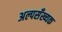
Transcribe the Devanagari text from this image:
अल्पसँख्यक